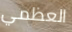
العظمي